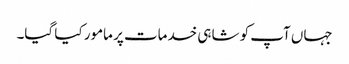
جہاں آپ کو شاہی خدمات پر مامور کیا گیا۔